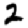
Digit: 2